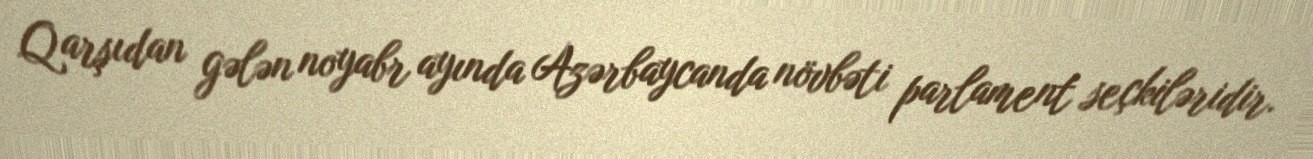
Qarşıdan gələn noyabr ayında Azərbaycanda növbəti parlament seçkiləridir.